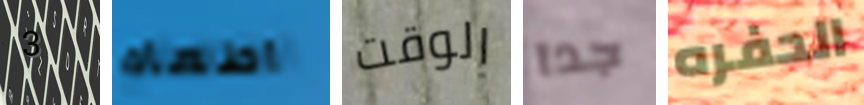
3 اطعام الوقت جدا الحفره